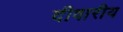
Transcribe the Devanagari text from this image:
दीवारीय